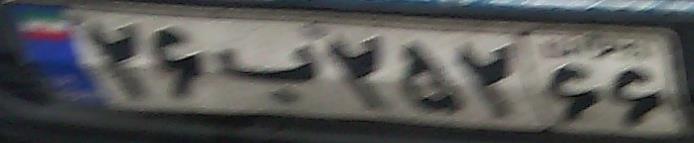
۲۶ب۲۵۲۶۶